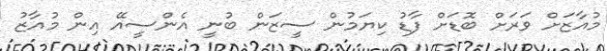
މުއާޒަށް ވަރަށް ބޮޑަށް ފާޑު ކިޔަމުން ސީޒަން ބުނީ އެންސީއޭ އިން މުއާޒު